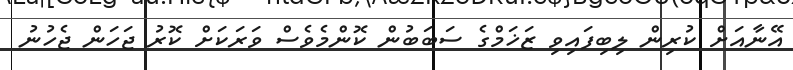
އޭނާއަށް ކުރިން ލިބިފައިވި ޒަޚަމްގެ ސަބަބުން ކޮންމެވެސް ވަރަކަށް ކޮރު ޖަހަން ޖެހުނު